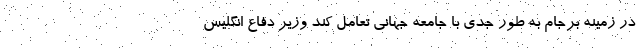
در زمینه برجام به طور جدی با جامعه جهانی تعامل کند وزیر دفاع انگلیس